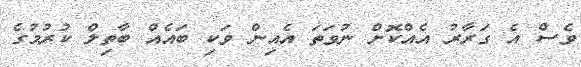
ވެސް އެ ގަރާރު އެއްކޮށް ނުވަތަ އެއިން ވަކި ބައެއް ބާތިލް ކުރުމުގެ